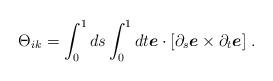
LaTeX: \begin{align*}\Theta_{ik}=\int^1_0ds\int^1_0 dt{\mbox{\boldmath $e$}}\cdot[\partial_s{\mbox{\boldmath $e$}}\times\partial_t{\mbox{\boldmath $e$}}]\;.\end{align*}